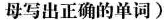
母写出正确的单词)